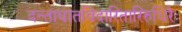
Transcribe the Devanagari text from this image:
दन्ताघातविदारितारिरुधिरैः